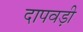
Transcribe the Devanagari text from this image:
दापवड़ी